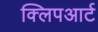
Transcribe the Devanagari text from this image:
क्लिपआर्ट